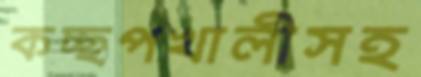
কচ্ছপখালীসহ